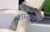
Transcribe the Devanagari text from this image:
शम्बूको